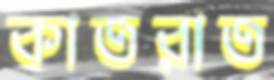
কাতরাত